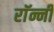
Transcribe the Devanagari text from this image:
राॅन्नी